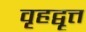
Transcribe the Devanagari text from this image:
वृहद्वृत्त